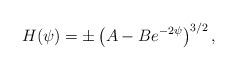
LaTeX: \begin{align*}H(\psi) = \pm \left( A - B e^{-2\psi} \right)^{3/2}, \end{align*}